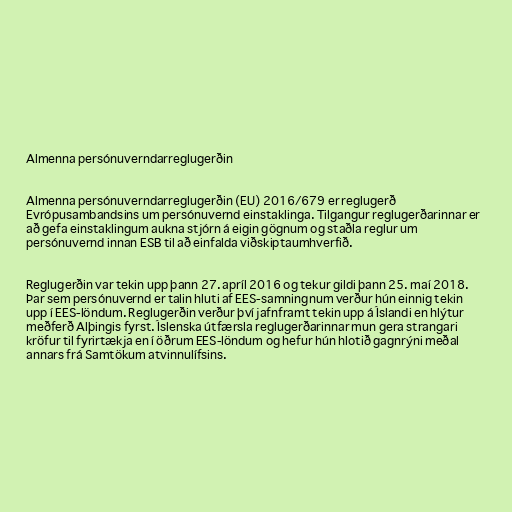
Almenna persónuverndarreglugerðin

Almenna persónuverndarreglugerðin (EU) 2016/679 er reglugerð
Evrópusambandsins um persónuvernd einstaklinga. Tilgangur reglugerðarinnar er
að gefa einstaklingum aukna stjórn á eigin gögnum og staðla reglur um
persónuvernd innan ESB til að einfalda viðskiptaumhverfið.

Reglugerðin var tekin upp þann 27. apríl 2016 og tekur gildi þann 25. maí 2018.
Þar sem persónuvernd er talin hluti af EES-samningnum verður hún einnig tekin
upp í EES-löndum. Reglugerðin verður því jafnframt tekin upp á Íslandi en hlýtur
meðferð Alþingis fyrst. Íslenska útfærsla reglugerðarinnar mun gera strangari
kröfur til fyrirtækja en í öðrum EES-löndum og hefur hún hlotið gagnrýni meðal
annars frá Samtökum atvinnulífsins.